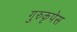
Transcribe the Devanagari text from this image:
गुरुकृपेस